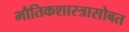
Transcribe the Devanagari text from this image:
भौतिकशास्त्रासोबत